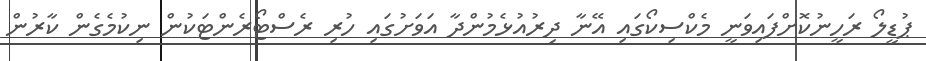
ޕުޑީލޯ ރަހީނުކޮށްފައިވަނީ މެކްސިކޯގައި އޭނާ ދިރުއުޅެމުންދާ އަވަށުގައި ހުރި ރެސްޓޯރެންޓަކުން ނިކުމެގެން ކާރުން